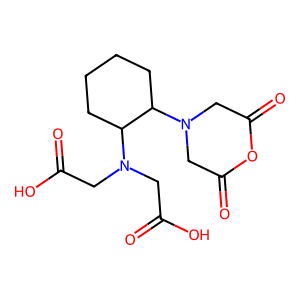
SMILES: O=C(O)CN(CC(=O)O)C1CCCCC1N1CC(=O)OC(=O)C1
Inhibits HIV replication: No